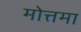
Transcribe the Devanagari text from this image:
मोत्तमा